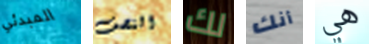
المبدئي النصف لك أنك هي